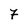
Character: 7